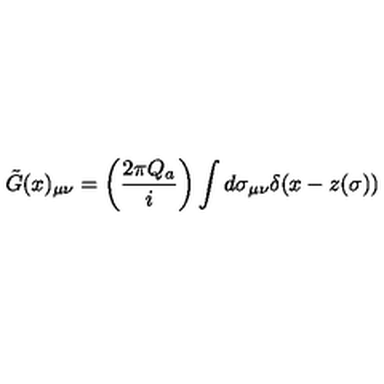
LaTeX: \tilde { G } ( x ) _ { \mu \nu } = \left( \frac { 2 \pi Q _ { a } } { i } \right) \int d \sigma _ { \mu \nu } \delta ( x - z ( \sigma ) )